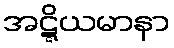
အဋ္ဋိယမာနာ